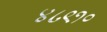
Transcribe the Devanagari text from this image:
४८९१०